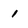
Character: 1